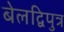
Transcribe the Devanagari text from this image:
बेलद्विपुत्र